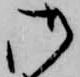
御